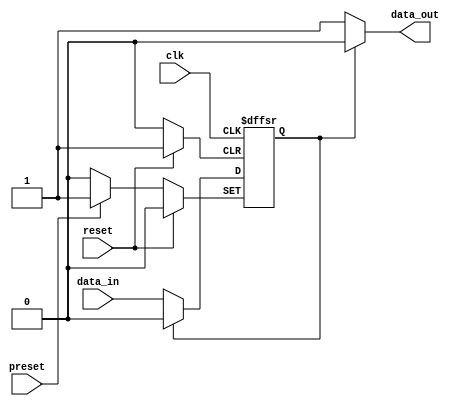
module flip_flop (
  input reset,
  input preset,
  input clk,
  input data_in,
  output reg data_out
);

reg current_state, next_state;

always @ (posedge clk or posedge reset or posedge preset) begin
  if (reset) begin
    current_state <= 0;
  end else if (preset) begin
    current_state <= 1;
  end else begin
    current_state <= next_state;
  end
end

always @* begin
  if (current_state) begin
    next_state = 0;
    data_out = 0;
  end else begin
    next_state = data_in;
    data_out = 1;
  end
end

endmodule